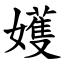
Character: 嬳